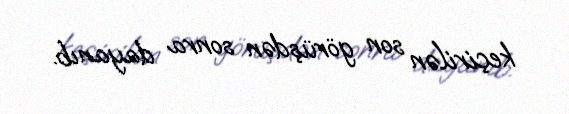
keçirilən son görüşdən sonra dayanıb.